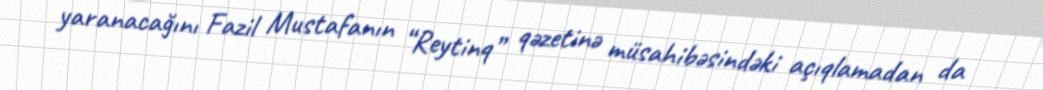
yaranacağını Fazil Mustafanın “Reytinq” qəzetinə müsahibəsindəki açıqlamadan da